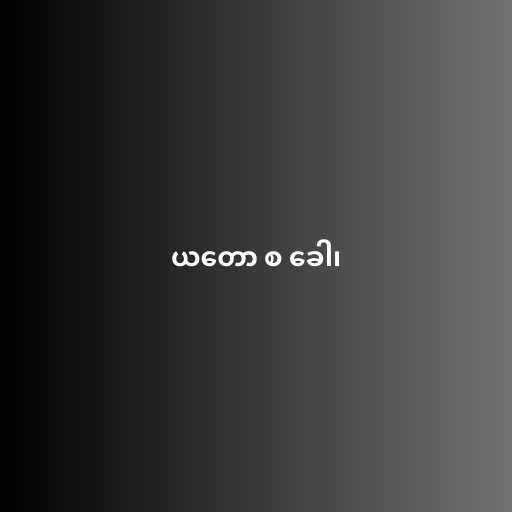
ယတော စ ခေါ၊